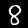
Digit: 8